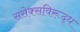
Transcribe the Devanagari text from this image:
ससेक्सविरूद्ध